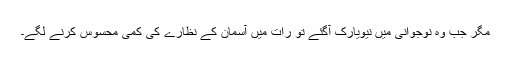
مگر جب وہ نوجوانی میں نیویارک آگئے تو رات میں آسمان کے نظارے کی کمی محسوس کرنے لگے۔